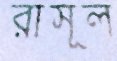
রাসূল